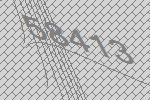
58413